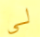
لي